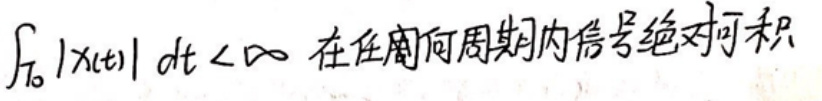
$\int_{T_0}|x(t)|dt<\infty \  $在任何周期内信号绝对可积